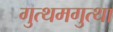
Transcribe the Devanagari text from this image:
गुत्थमगुत्था